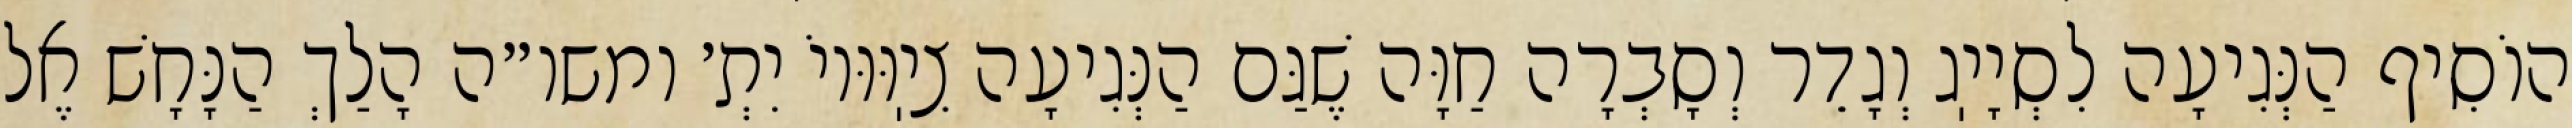
הוֹסִיף הַנְּגִיעָה לִסְיָיֽג וְגָדֵר וְסָבְרָה חַוָּה שֶׁגַּם הַנְּגִיעָה צִיֽוּוּיוֹ יִתְ׳ ומשו״ה הָלַךְ הַנָּחָשׁ אֶל